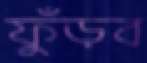
ফুঁড়ব